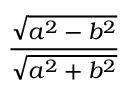
\frac { \sqrt { a ^ { 2 } - b ^ { 2 } } } { \sqrt { a ^ { 2 } + b ^ { 2 } } }